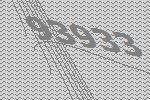
93933